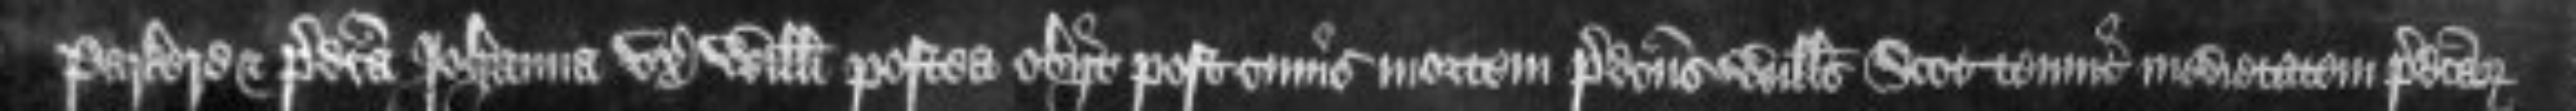
Parkere et predicta Johanna uxor Willelmi postea obiit post cuius mortem predictus Willelmus Scot tenuit medietatem predictarum